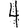
Digit: 4